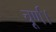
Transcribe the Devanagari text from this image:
चूर्ण।